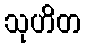
သုဟိတ